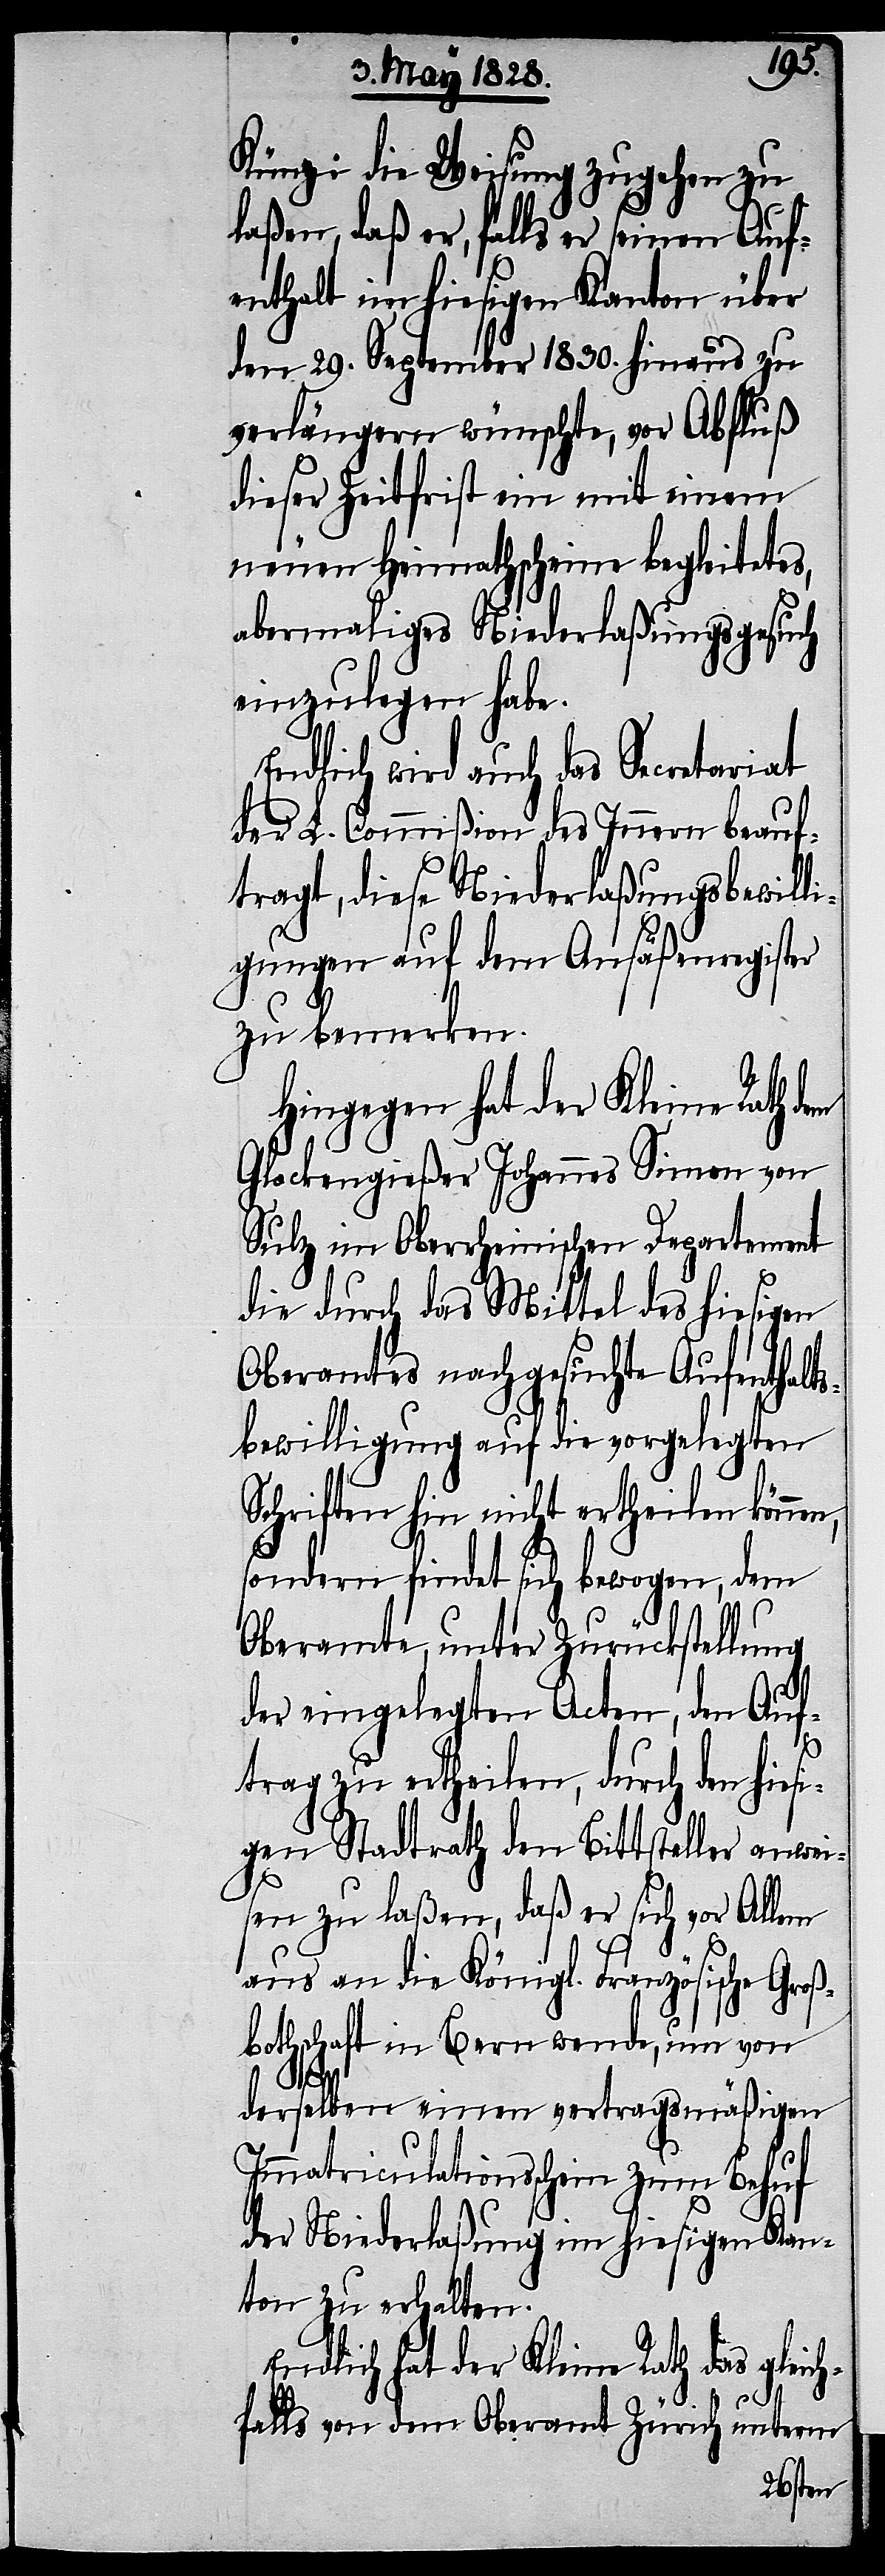
Künzi die Weisung zugehen zu
laßen, daß er, falls er seinen Auf¬
enthalt im hiesigen Kanton über
den 29. September 1830. hinaus zu
verlängern wünschte, vor Abfluß
dieser Zeitfrist ein mit einem
neuen Heimathscheine begleitetes,
abermaliges Niederlaßungsgesuch
einzulegen habe.
Endlich wird auch das Secretariat
der L. Commißion des Innern beauf¬
tragt, diese Niederlaßungsbewilli¬
gungen auf dem Ansäßenregister
zu bemerken.
Hingegen hat der Kleine Rath dem
Glockegießer Johannes Simon von
Sulz im Oberrheinischen Departement
die durch das Mittel des hiesigen
Oberamtes nachgesuchte Aufenthalt¬
sbewilligung auf die vorgelegten
Schriften hin nicht ertheilen können,
sondern findet sich bewogen, dem
Oberamte, unter Zurückstellung
der eingelegten Acten, den Auf¬
trag zu ertheilen, durch den hiesi¬
gen Stadtrath den Bittsteller anwei¬
sen zu laßen, daß er sich vor Allem
aus an die Königl. Französische Groß¬
bothschaft in Bern wende, um von
derselben einen vertragsmäßigen
Immatriculationsschein zum Behuf
der Niederlaßung im hiesigen Kan¬
ton zu erhalten.
Endlich hat der Kleine Rath das gleich¬
falls von dem Oberamt Zürich unterm